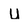
Character: U